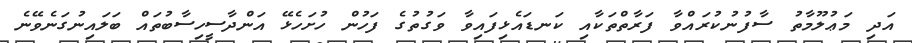
އަދި މަޢުލޫމާތު ސާފުނުކުރައްވާ ފަރާތްތަކާއި ކަނޑައެޅިފައިވާ ވަގުތުގެ ފަހުން ހުށަހެޅޭ އަންދާސީހިސާބުތައް ބަލައިނުގަނެވޭނެ